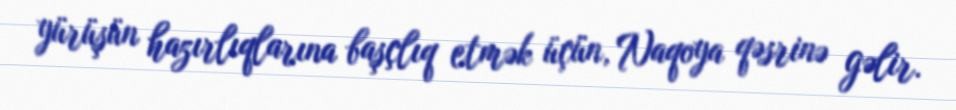
yürüşün hazırlıqlarına başçlıq etmək üçün, Naqoya qəsrinə gəlir.